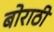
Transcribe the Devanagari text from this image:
बोराठी